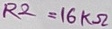
Text: R2=16KΩ